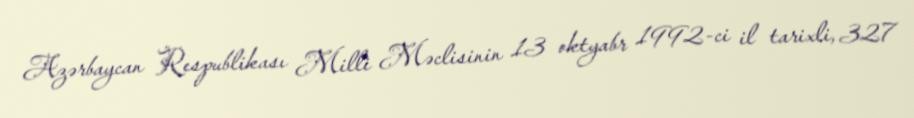
Azərbaycan Respublikası Milli Məclisinin 13 oktyabr 1992-ci il tarixli, 327